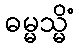
ဓမ္မသ္မိံ